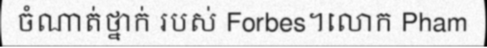
ចំណាត់ថ្នាក់ របស់ Forbes។លោក Pham